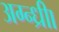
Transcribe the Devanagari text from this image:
अग्न्ध्रीा